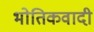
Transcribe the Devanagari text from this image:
भोतिकवादी